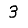
Digit: 3